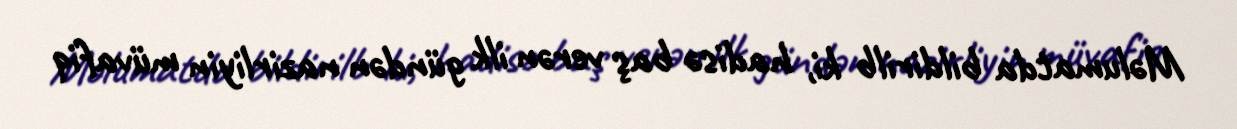
Məlumatda bildirilb ki, hadisə baş verən ilk gündən nazirliyin müvafiq